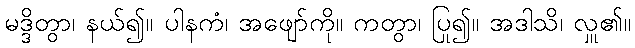
မဒ္ဒိတွာ၊ နယ်၍။ ပါနကံ၊ အဖျော်ကို။ ကတွာ၊ ပြု၍။ အဒါသိ၊ လှူ၏။